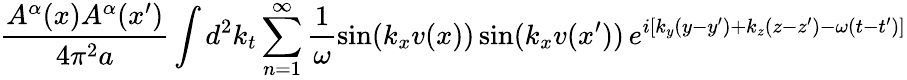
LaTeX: \frac{A^{\alpha}(x)A^{\alpha}(x^{\prime})}{4\pi^{2}a}\int d^{2}k_{t}\sum_{n=1}^{\infty}\frac{1}{\omega}\sin(k_{x}v(x))\sin(k_{x}v(x^{\prime}))\, e^{i[k_{y}(y-y^{\prime})+k_{z}(z-z^{\prime})-\omega(t-t^{\prime})]}